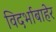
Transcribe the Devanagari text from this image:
विदर्भाबाहेर